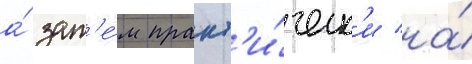
а́ зат'е́м практ'и́ческ'и на́